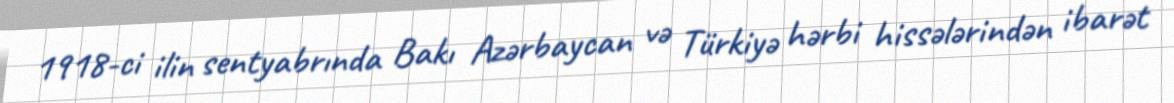
1918-ci ilin sentyabrında Bakı Azərbaycan və Türkiyə hərbi hissələrindən ibarət